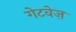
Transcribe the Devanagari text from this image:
गेटवेज़